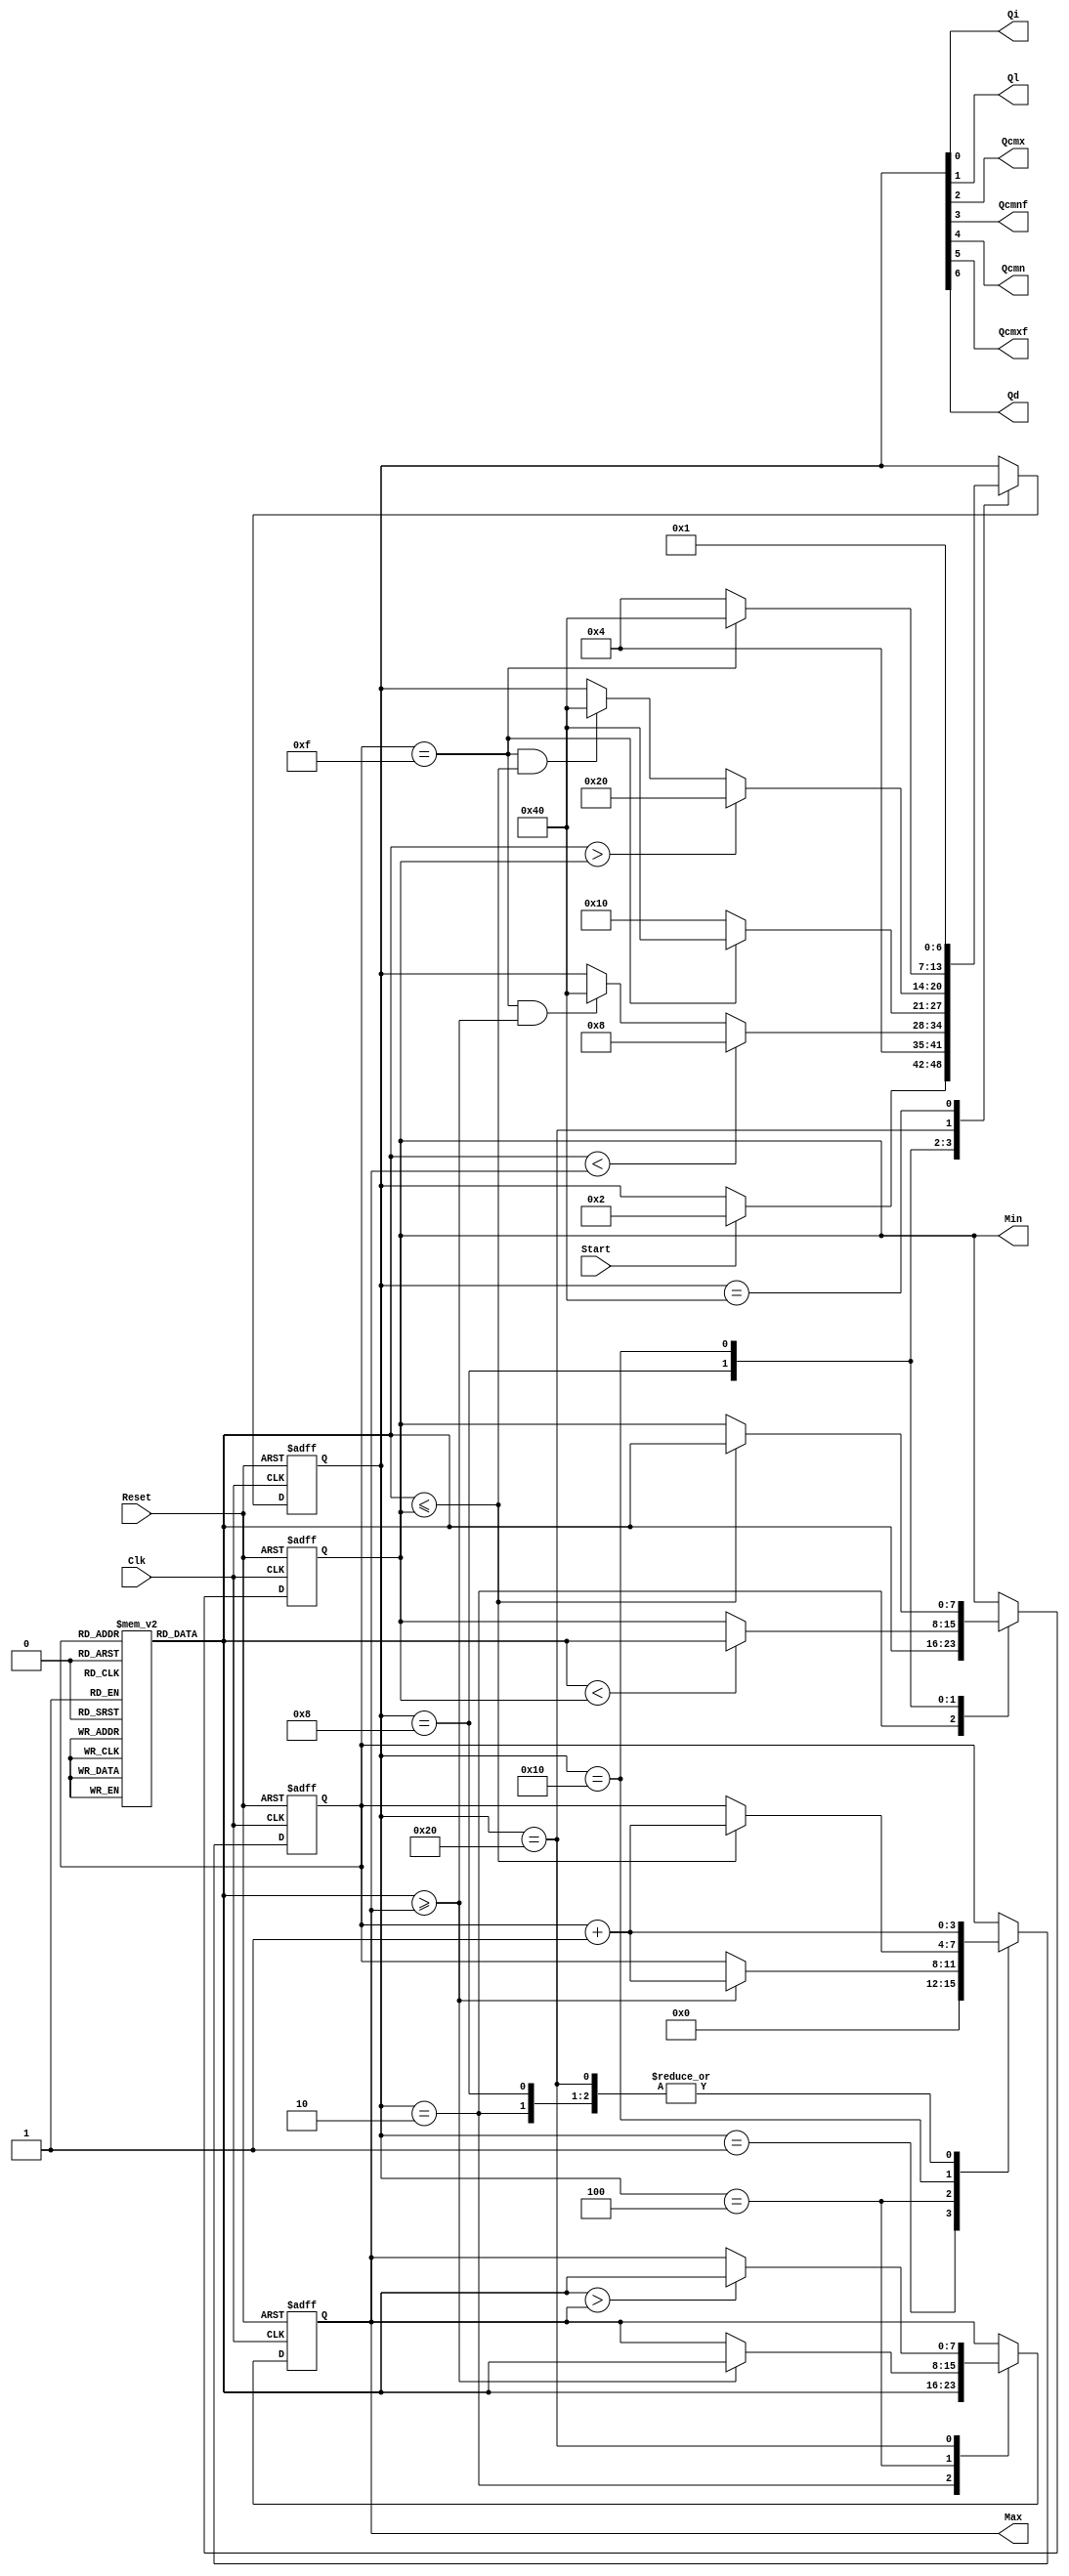
//////////////////////////////////////////////////////////////////////////////
//
// Copyright (c) 2010 Gandhi Puvvada, EE-Systems, VSoE, USC
//
// This design exercise, its solution, and its test-bench are confidential items.
// They are University of Southern California's (USC's) property. All rights are reserved.
// Students in our courses have right only to complete the exercise and submit it as part of their course work.
// They do not have any right on our exercise/solution or even on their completed solution as the solution contains our exercise.
// Students would be violating copyright laws besides the University's Academic Integrity rules if they post or convey to anyone
// either our exercise or our solution or their solution. 
// 
// THIS COPYRIGHT NOTICE MUST BE RETAINED AS PART OF THIS FILE (AND ITS SOLUTION AND/OR ANY OTHER DERIVED FILE) AT ALL TIMES.
//
//////////////////////////////////////////////////////////////////////////////
//
// A student would be violating the University's Academic Integrity rules if he/she gets help in writing or debugging the code 
// from anyone other than the help from his/her lab partner or his/her teaching team members in completing the exercise(s). 
// However he/she can discuss with fellow students the method of solving the exercise. 
// But writing the code or debugging the code should not be with the help of others. 
// One should never share the code or even look at the code of others (code from classmates or seniors 
// or any code or solution posted online or on GitHub).
// 
// THIS NOTICE OF ACADEMIC INTEGRITY MUST BE RETAINED AS PART OF THIS FILE (AND ITS SOLUTION AND/OR ANY OTHER DERIVED FILE) AT ALL TIMES.
//
//////////////////////////////////////////////////////////////////////////////



// EE457 RTL Exercises
// min_max_finder_part3_M1.v (Part 3 method 1 uses one comparison unit like part 2)
// Written by Gandhi Puvvada
// June 4, 2010, 
// Given an array of 16 unsigned 8-bit numbers, we need to find the maximum and the minimum number
 

`timescale 1 ns / 100 ps

module min_max_finder_part3_M1 (Max, Min, Start, Clk, Reset, 
				           Qi, Ql, Qcmx, Qcmnf, Qcmn, Qcmxf, Qd);

input Start, Clk, Reset;
output [7:0] Max, Min;
output Qi, Ql, Qcmx, Qcmnf, Qcmn, Qcmxf, Qd;

reg [7:0] M [0:15]; 

reg [6:0] state;
reg [7:0] Max;
reg [7:0] Min;
reg [3:0] I;

localparam 
INI  = 	7'b0000001, // "Initial" state
LOAD = 	7'b0000010, // "Load Max and Min with 1st Element" state
CMx = 	7'b0000100, // "Compare each number with Max and Update Max if needed" state
CMnF = 	7'b0001000, // "Compare with Min. for the first time after a sequence of comparisons in the CMx" state
CMn = 	7'b0010000, // "Compare each number with Min and Update Min if needed" state
CMxF = 	7'b0100000, // "Comparing with Max. for the first time after a sequence of comparisons in the CMn" state
DONE = 	7'b1000000; // "Done finding Min and Max" state
         
         
assign {Qd, Qcmxf, Qcmn, Qcmnf, Qcmx, Ql, Qi} = state;  

always @(posedge Clk, posedge Reset) 

  begin  : CU_n_DU
    if (Reset)
       begin
         state <= INI;
         I <= 4'bXXXX;   // to avoid recirculating mux controlled by Reset 
	      Max <= 8'bXXXXXXXX;
	      Min <= 8'bXXXXXXXX;
	    end
    else
       begin
           case (state)
	        INI	: 
	          begin
		         // state transitions in the control unit
		         if (Start)
		           state <= LOAD;
		         // RTL operations in the Data Path            	              
		        I <= 0;
	          end
	        LOAD	:
	          begin
		           // RTL operations in the Data Path  
		           Max <= M[I]; // Load M[I] into Max
		           Min <= M[I]; // Load M[I] into Min
		           I <= I + 1;  // Increment I
		           // state transitions in the control unit
		           state <= CMx; // Transit unconditionally to the CMx state         
 	          end
	        
	        CMx :
	          begin 
			   // RTL operations in the Data Path   		                  
			   if (M[I] >= Max) begin
			   	Max <= M[I];
			   	I <= I + 1;
			   end
			   // state transitions in the control unit    
			   if ((I == 15) && (M[I] >= Max))
				state <= DONE;
			   if (M[I] < Max)
				state <= CMnF;
		  end
			  
	        CMnF :
	          begin // 
				// RTL operations in the Data Path 
			   I <= I + 1;
			   if (M[I] < Min)
				Min <= M[I];

				// state transitions in the control unit 
			   if (I == 15)
				state <= DONE;
			   else
				state <= CMn;
		  end

	        CMn :
	          begin 
 			   // RTL operations in the Data Path   		                  
			   if (M[I] <= Min) begin
			   	I <= I + 1;
				Min <= M[I];
			   end
			   // state transitions in the control unit    
			   if ((I == 15) && (M[I] <= Min))
				state <= DONE;
			   if (M[I] > Min)
				state <= CMxF;
		  end

	        CMxF :
	          begin // 
				// RTL operations in the Data Path 

			   I <= I + 1;
			   if (M[I] > Max)
				Max <= M[I];
				// state transitions in the control unit 
			   if (I == 15)
				state <= DONE;
			   else
				state <= CMx;

		  end

	        DONE	:
	          begin  
		         // state transitions in the control unit
		           state <= INI; // Transit to INI state unconditionally
		       end    
      endcase
    end 
  end 
endmodule  // min_max_finder_part3_M1